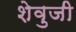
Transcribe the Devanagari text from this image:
शेवुजी